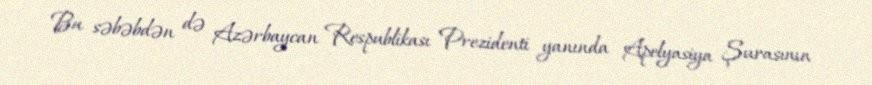
Bu səbəbdən də Azərbaycan Respublikası Prezidenti yanında Apelyasiya Şurasının